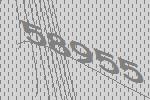
58955